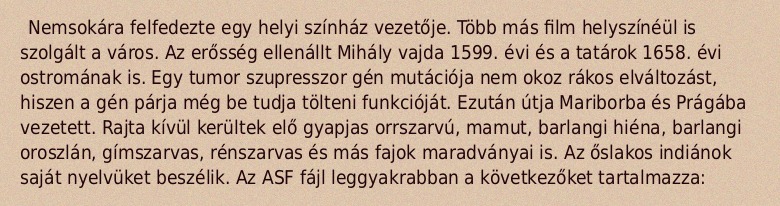
Nemsokára felfedezte egy helyi színház vezetője. Több más film helyszínéül is szolgált a város. Az erősség ellenállt Mihály vajda 1599. évi és a tatárok 1658. évi ostromának is. Egy tumor szupresszor gén mutációja nem okoz rákos elváltozást, hiszen a gén párja még be tudja tölteni funkcióját. Ezután útja Mariborba és Prágába vezetett. Rajta kívül kerültek elő gyapjas orrszarvú, mamut, barlangi hiéna, barlangi oroszlán, gímszarvas, rénszarvas és más fajok maradványai is. Az őslakos indiánok saját nyelvüket beszélik. Az ASF fájl leggyakrabban a következőket tartalmazza: